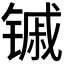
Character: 𬭭